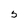
Character: 5